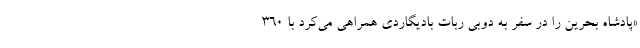
«پادشاه بحرین را در سفر به دوبی ربات بادیگاردی همراهی می‌کرد با 360